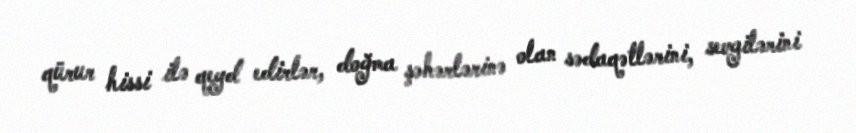
qürur hissi ilə qeyd edirlər, doğma şəhərlərinə olan sədaqətlərini, sevgilərini